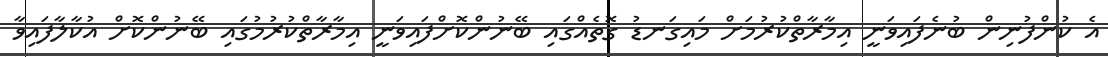
އެ ކުންފުނިން ބުނެފައިވަނީ އިމާރާތްކުރުމަށް މައިގަނޑު ގޮތެއްގައި ބޭނުންކޮށްފައިވަނީ އިމާރާތްކުރުމުގައި ބޭނުންކޮށް އުކާލާފައިވާ